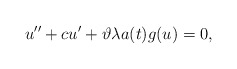
\begin{align*}u'' + c u' + \vartheta \lambda a(t) g(u) = 0,\end{align*}